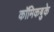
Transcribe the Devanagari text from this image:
कॉमिकबुके